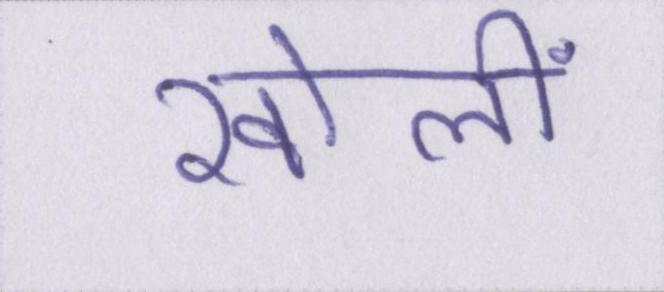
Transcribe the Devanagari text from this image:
खोलीं